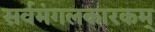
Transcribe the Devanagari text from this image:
सर्वमंगलकारकम्